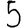
Digit: 5